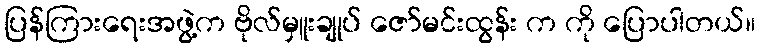
ပြန်ကြားရေးအဖွဲ့က ဗိုလ်မှူးချုပ် ဇော်မင်းထွန်း က ကို ပြောပါတယ်။